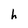
Character: h